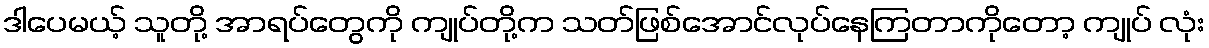
ဒါပေမယ့် သူတို့ အာရပ်တွေကို ကျုပ်တို့က သတ်ဖြစ်အောင်လုပ်နေကြတာကိုတော့ ကျုပ် လုံး